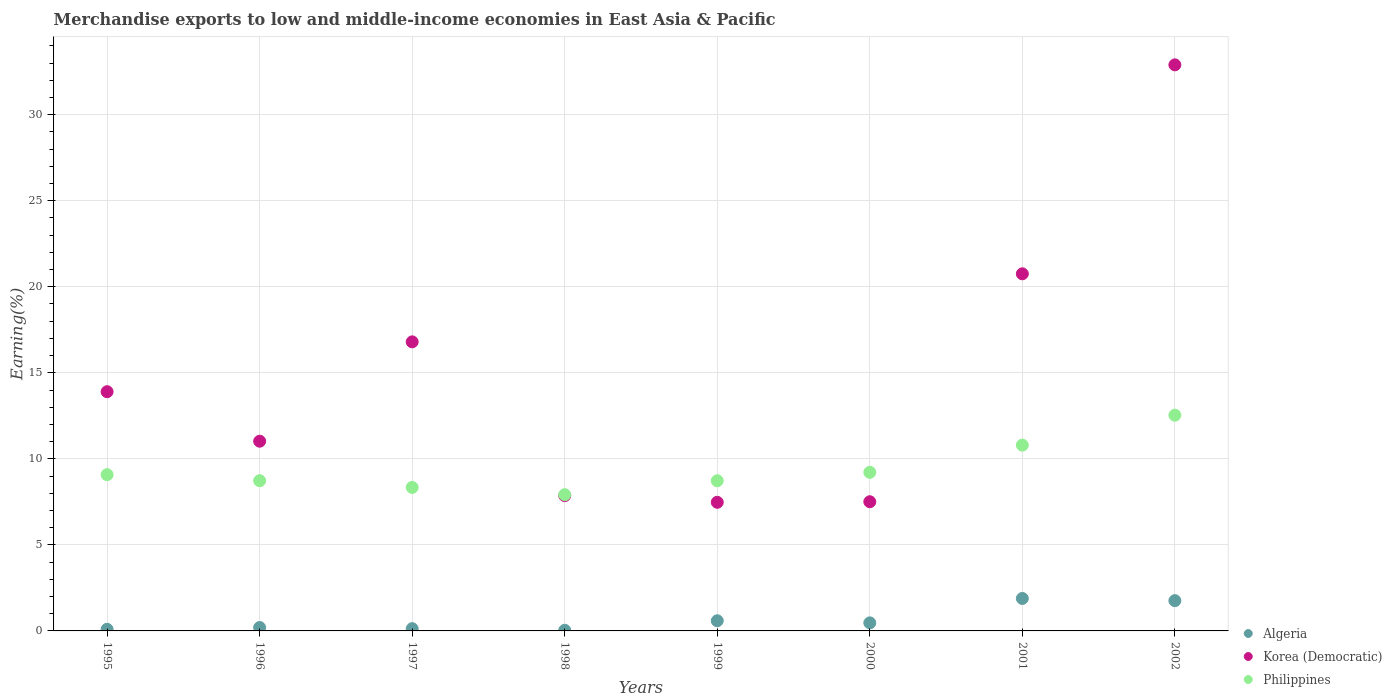
| Years | Algeria | Korea (Democratic) | Philippines |
 | --- | --- | --- | --- |
 | 1995 | 0.0958 | 13.9 | 9.08 |
 | 1996 | 0.198 | 11 | 8.73 |
 | 1997 | 0.131 | 16.8 | 8.34 |
 | 1998 | 0.0373 | 7.86 | 7.92 |
 | 1999 | 0.59 | 7.48 | 8.73 |
 | 2000 | 0.468 | 7.51 | 9.22 |
 | 2001 | 1.89 | 20.8 | 10.8 |
 | 2002 | 1.76 | 32.9 | 12.5 |